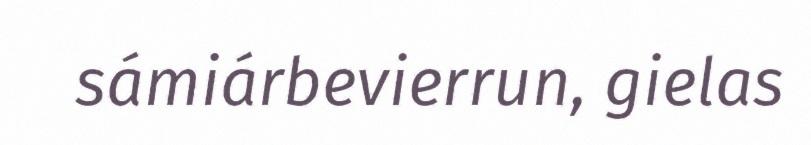
sámiárbevierrun, gielas